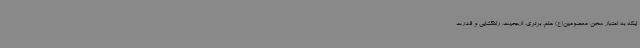
اینکه به اعتبار سخن معصومین(ع) علم، برتری، ارجحیت، راهگشایی و قدرت